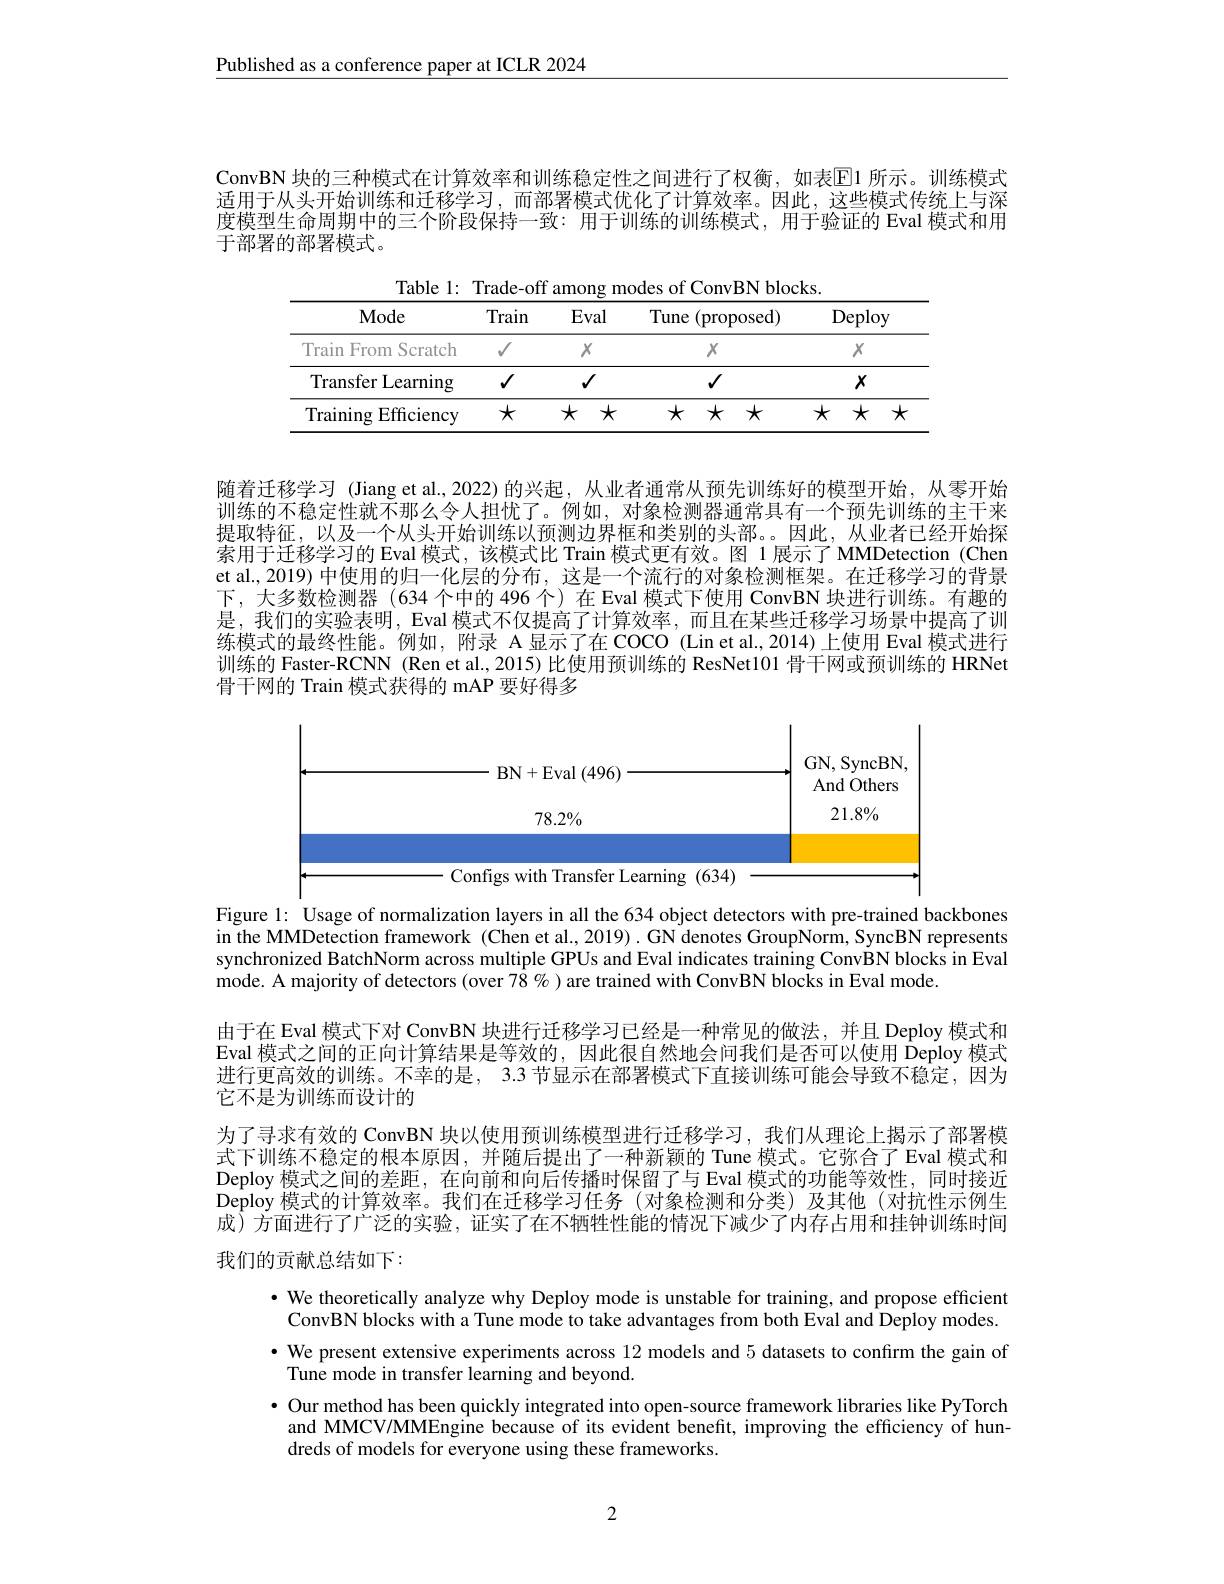
$\underline{\text{Published as a conference paper at ICLR 2024}}$

ConvBN 块的三种模式在计算效率和训练稳定性之间进行了权衡，如表$\mathbb{E}$1 所示。训练模式适用于从头开始训练和迁移学习，而部署模式优化了计算效率。因此，这些模式传统上与深度模型生命周期中的三个阶段保持一致：用于训练的训练模式，用于验证的 Eval 模式和用于部署的部署模式。

Table 1: Trade-off among modes of ConvBN blocks
<table>
	<tbody>
		<tr>
			<th>Mode</th>
			<th>Train</th>
			<th>Eval</th>
			<th>Tune (proposed)</th>
			<th>Deploy</th>
		</tr>
		<tr>
			<td>Train From Scratch</td>
			<td>$√$</td>
			<td>$X$</td>
			<td>$X$</td>
			<td>$X$</td>
		</tr>
		<tr>
			<td>Transfer Learning</td>
			<td>$√$</td>
			<td>$√$</td>
			<td>$√$</td>
			<td>$X$</td>
		</tr>
		<tr>
			<td>Training Efficiency</td>
			<td>$x$</td>
			<td>$x$ $x$</td>
			<td>$\star\star\star$</td>
			<td>$x$ $\star$ 1 1 1</td>
		</tr>
	</tbody>
</table>

随着迁移学习 (Jiang et al.,2022)的兴起，从业者通常从预先训练好的模型开始，从零开始训练的不稳定性就不那么令人担忧了。例如，对象检测器通常具有一个预先训练的主干来提取特征，以及一个从头开始训练以预测边界框和类别的头部。因此，从业者已经开始探索用于迁移学习的 Eval 模式，该模式比 Train 模式更有效。图 1 展示了 MMDetection (Chen et al., 2019) 中使用的归一化层的分布，这是一个流行的对象检测框架。在迁移学习的背景下，大多数检测器 (634 个中的 496 个) 在 Eval 模式下使用 ConvBN 块进行训练。有趣的是，我们的实验表明，Eval 模式不仅提高了计算效率，而且在某些迁移学习场景中提高了训练模式的最终性能。例如，附录 A 显示了在 COCO (Lin et al.,2014) 上使用 Eval 模式进行训练的 Faster-RCNN (Ren et al., 2015) 比使用预训练的 ResNet101 骨干网或预训练的 HRNet 骨干网的 Train 模式获得的 mAP 要好得多

<FigureHere>
Configs with Transfer Learning (634)

Figure 1: Usage of normalization layers in all the 634 object detectors with pre-trained backbones in the MMDetection framework (Chen et al., 2019). GN denotes GroupNorm, SyncBN represents synchronized BatchNorm across multiple GPUs and Eval indicates training ConvBN blocks in Eval mode. A majority of detectors (over 78 % ) are trained with ConvBN blocks in Eval mode.
由于在 Eval 模式下对 ConvBN 块进行迁移学习已经是一种常见的做法，并且 Deploy 模式和Eval 模式之间的正向计算结果是等效的，因此很自然地会问我们是否可以使用 Deploy 模式进行更高效的训练。不幸的是，3.3 节显示在部署模式下直接训练可能会导致不稳定，因为它不是为训练而设计的
为了寻求有效的 ConvBN 块以使用预训练模型进行迁移学习，我们从理论上揭示了部署模式下训练不稳定的根本原因，并随后提出了一种新颖的 Tune 模式。它弥合了 Eval 模式和Deploy 模式之间的差距，在向前和向后传播时保留了与 Eval 模式的功能等效性，同时接近Deploy 模式的计算效率。我们在迁移学习任务(对象检测和分类)及其他(对抗性示例生成)方面进行了广泛的实验，证实了在不牺牲性能的情况下减少了内存占用和挂钟训练时间我们的贡献总结如下：

· We theoretically analyze why Deploy mode is unstable for training, and propose efficient ConvBN blocks with a Tune mode to take advantages from both Eval and Deploy modes. · We present extensive experiments across 12 models and 5 datasets to confırm the gain of $\hat{\text{Tune mode in transfer learning and beyond}}.$
· Our method has been quickly integrated into open-source framework libraries like PyTorch
and MMCV/MMEngine because of its evident benefit, improving the efficiency of hun-
dreds of models for everyone using these frameworks.

2